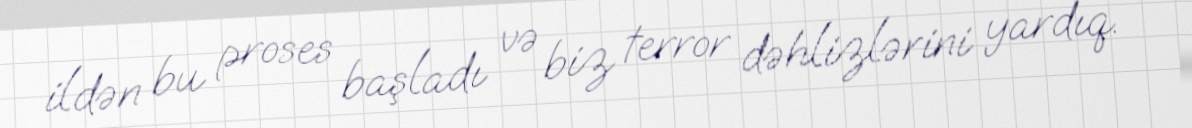
ildən bu proses başladı və biz terror dəhlizlərini yardıq.